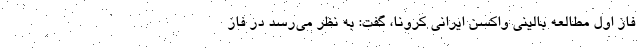
فاز اول مطالعه بالینی واکسن ایرانی کرونا، گفت: به نظر می‌رسد در فاز